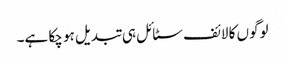
لوگوں کا لائف سٹائل ہی تبدیل ہو چکا ہے۔